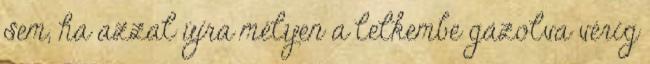
sem, ha azzal újra mélyen a lelkembe gázolva vérig